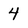
Character: 4